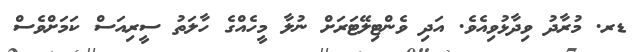
ޑރ. މުރާދު ވިދާޅުވިއެވެ. އަދި ވެންޓިލޭޓަރަށް ނުލާ މީހެއްގެ ހާލަތު ސީރިއަސް ކަމަށްވެސް